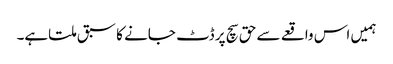
ہمیں اس واقعے سے حق سچ پر ڈٹ جانے کا سبق ملتاہے۔